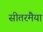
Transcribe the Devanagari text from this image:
सीतरमैया